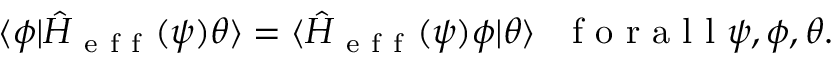
\langle \phi | \hat { H } _ { \mathrm { ~ e ~ f ~ f ~ } } ( \psi ) \theta \rangle = \langle \hat { H } _ { \mathrm { ~ e ~ f ~ f ~ } } ( \psi ) \phi | \theta \rangle \mathrm { ~ \ \ f ~ o ~ r ~ a ~ l ~ l ~ } \psi , \phi , \theta .